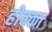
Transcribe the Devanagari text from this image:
होक्का